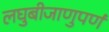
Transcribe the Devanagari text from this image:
लघुबीजाणुपर्ण